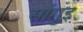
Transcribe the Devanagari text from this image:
सांगुइ